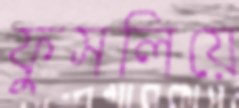
ফুসলিয়ে